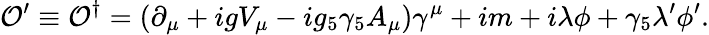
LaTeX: {\cal O}^{\prime}\equiv{\cal O}^{\dagger}=(\partial_{\mu}+igV_{\mu}-ig_{5}\gamma_{5}A_{\mu})\gamma^{\mu}+im+i\lambda\phi+\gamma_{5}\lambda^{\prime}\phi^{\prime}.